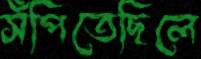
সঁপিতেছিলে